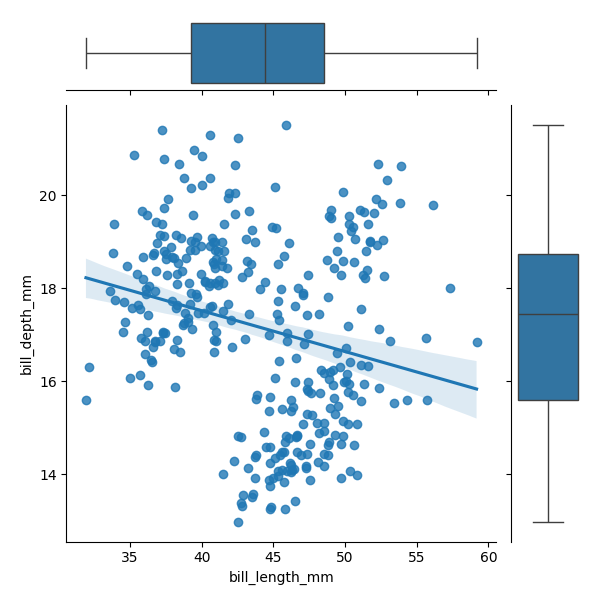
python, seaborn, JointGrid, regplot, boxplot